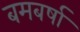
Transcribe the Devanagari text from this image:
बमबर्षा